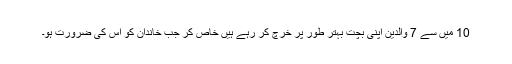
10 میں سے 7 والدین اپنی بچت بہتر طور پر خرچ کر رہے ہیں خاص کر جب خاندان کو اس کی ضرورت ہو۔